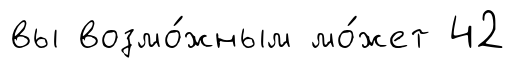
вы возмо́жным мо́жет 42